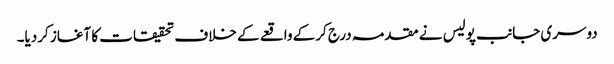
دوسری جانب پولیس نے مقدمہ درج کرکے واقعے کے خلاف تحقیقات کا آغاز کردیا۔